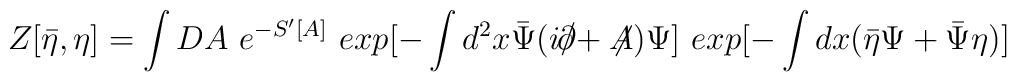
Z[\bar{\eta},\eta] =  \int DA~ e^{-S'[A]}~exp{[-\int d^2x\bar{\Psi} ( i\raise.15ex\hbox{$/$}\kern-.57em\hbox{$\partial$} +\not \!\! A ) \Psi]}~exp{[-\int dx(\bar{\eta}\Psi+\bar{\Psi}\eta)]}